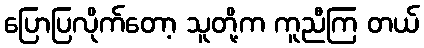
ပြောပြလိုက်တော့ သူတို့က ကူညီကြ တယ်